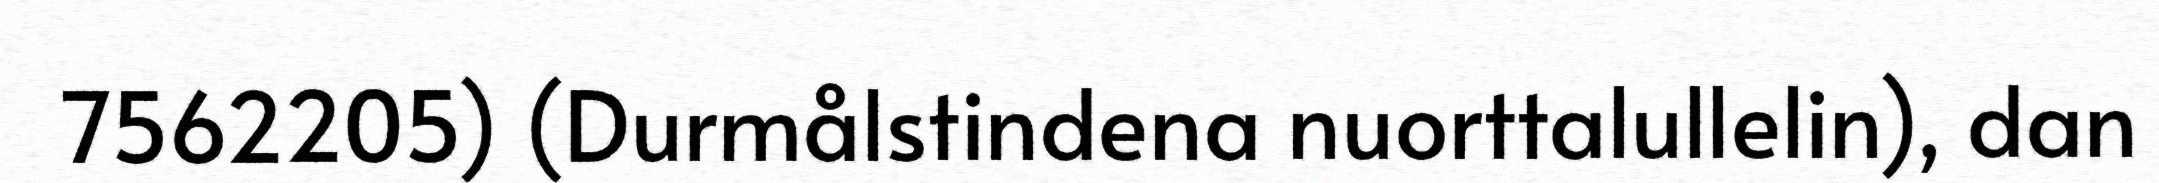
7562205) (Durmålstindena nuorttalullelin), dan